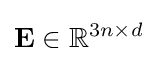
\mathbf {E} \in \mathbb {R} ^{3n\times d}